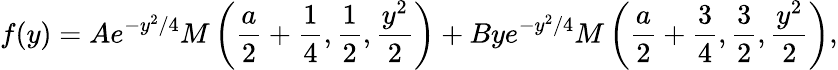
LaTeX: f(y)=Ae^{-y^{2}/4}M\left(\frac{a}{2}+\frac{1}{4},\frac{1}{2},\frac{y^{2}}{2}\right)+Bye^{-y^{2}/4}M\left(\frac{a}{2}+\frac{3}{4},\frac{3}{2},\frac{y^{2}}{2}\right),